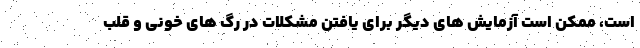
است، ممکن است آزمایش های دیگر برای یافتن مشکلات در رگ های خونی و قلب